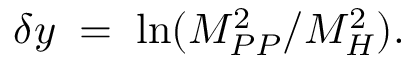
\delta y \; = \; \ln ( M _ { P P } ^ { 2 } / M _ { H } ^ { 2 } ) .